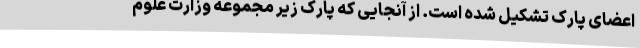
اعضای پارک تشکیل شده است. از آنجایی که پارک زیر مجموعه وزارت علوم